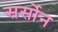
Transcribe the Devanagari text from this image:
सर्सोन